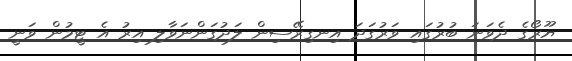
ޔޫރޯގެ ދެވަނަ ބުރުގައި ވަރުގަދަ އިނގިރޭސިން ލަދުގަންނަވާލި އިރު އެ ޓީމުން ވަނީ